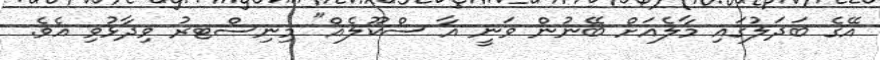
އޭގެ ބަދަލުގައި މާލެއަށް ބޭނުން ވަނީ އާ ސްކޫލެއް" މިނިސްޓރު ވިދާޅުވި އެވެ.